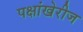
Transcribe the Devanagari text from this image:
पक्षांखेरीज